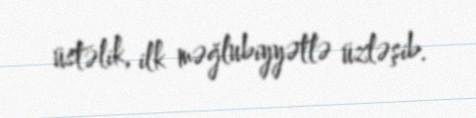
üstəlik, ilk məğlubiyyətlə üzləşib.